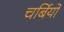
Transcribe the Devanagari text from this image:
चर्बियों